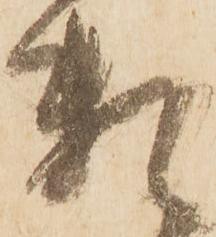
頼